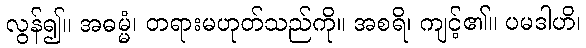
လွန်၍။ အဓမ္မံ၊ တရားမဟုတ်သည်ကို။ အစရိ၊ ကျင့်၏။ ပမဒါဟိ၊